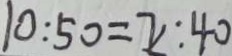
1 0 : 5 0 = x : 4 0